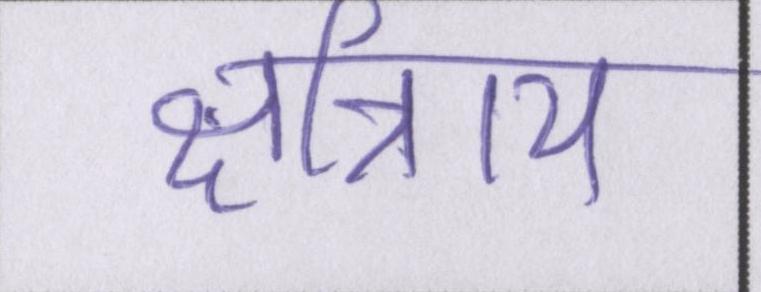
क्षत्रिाय